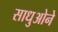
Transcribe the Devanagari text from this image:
साधुओने